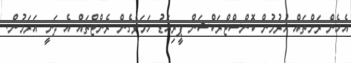
އެހެން ރަށްތައް ހުރުމުން ކޮންސްޓްރަކްޝަން ޕީރިއަޑު ހަމަވެގެން ރެންޓްތައް އެ ދަނީ އަރަމުން.